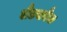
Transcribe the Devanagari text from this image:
लैंडसबैंक